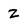
Character: Z